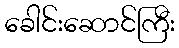
ခေါင်းဆောင်ကြီး